Civil Veterinary Department. United Provinces 1932-42 - 1932-1942
Year: 1932
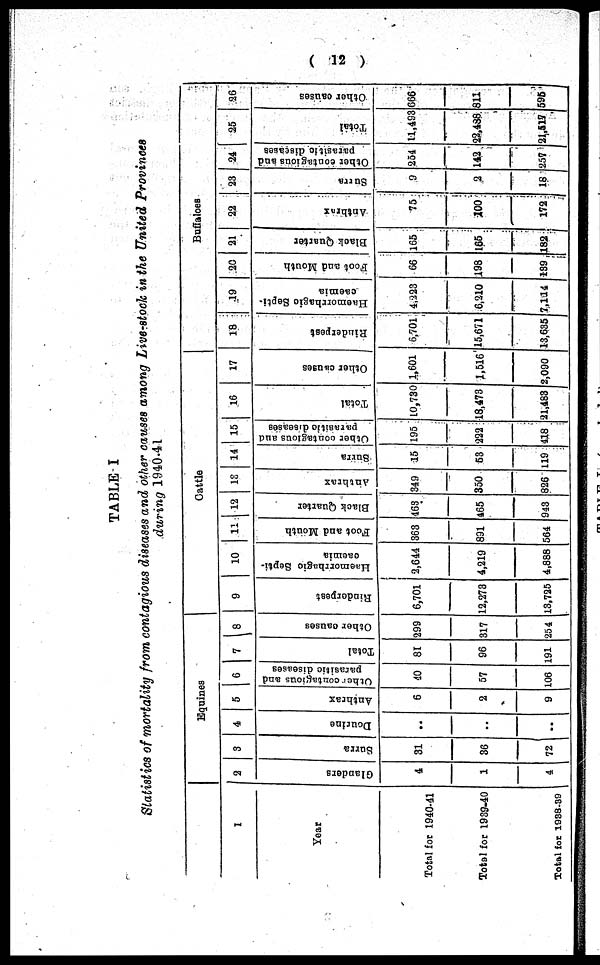
( 12 )
TABLE I
Statistics of mortality from contagious diseases and other causes among Live-stock in the United Provinces
during 1940-41
1
Year
Total for 1940-41
Total for 1939-40
Total for 1938-39
Equines
2
Glanders
4
1
4
3
Surra
31
36
72
4
Dourine
..
..
..
5
Anthrax
6
2
9
6
Other
contagious and
parasitic diseases
40
57
106
7
Total
81
96
191
8
Other causes
299
317
254
Cattle
9
Rinderpest
6,701
12,273
13,725
10
Haemorrhagic Septi-
oaeinia
2,644
4,219
4,888
11
Foot and Mouth
363
891
564
12
Black Quarter
468
465
943
13
Anthrax
349
350
826
14
Surra
15
63
119
15
Other
contagious and
parasitic diseases
195
222
418
16
Total
10,730
18,473
21,483
17
Other causes
1,601
1,516
2,090
Buffaloes
18
Rinderpest
6,701
15,671
13,635
19
Haemorrhagic Septi-
caemia
4,223
6,210
7,114
20
Foot and Mouth
66
198
189
21
Black Quarter
165
165
182
22
Anthrnx
75
100
172
23
Surra
9
2
18
24
Other contagious and
parasitic diseases
254
142
257
25
Total
11,493
22,488
21,517
26
Other causes
666
811
595